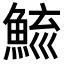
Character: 𩷮